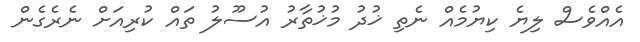
އެއްވެސް ލިޔެ ކިޔުމެއް ނެތި ޚުދު މުޚުތާރު އުސޫލު ތައް ކުރިއަށް ނެރެގެން